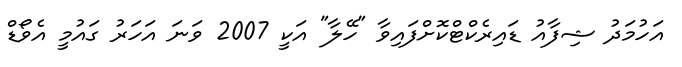
އަހުމަދު ޝިފާއު ޑައިރެކްޓްކޮށްފައިވާ "ހޭލާ" އަކީ 2007 ވަނަ އަހަރު ގައުމީ އެވޯޑް